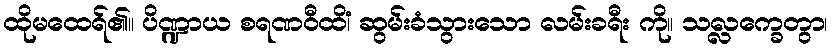
ထိုမထေရ်၏။ ပိဏ္ဍာယ စရဏဝီထိံ၊ ဆွမ်းခံသွားသော လမ်းခရီး ကို။ သလ္လက္ခေတွာ၊